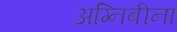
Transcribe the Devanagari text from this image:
अग्निबीना